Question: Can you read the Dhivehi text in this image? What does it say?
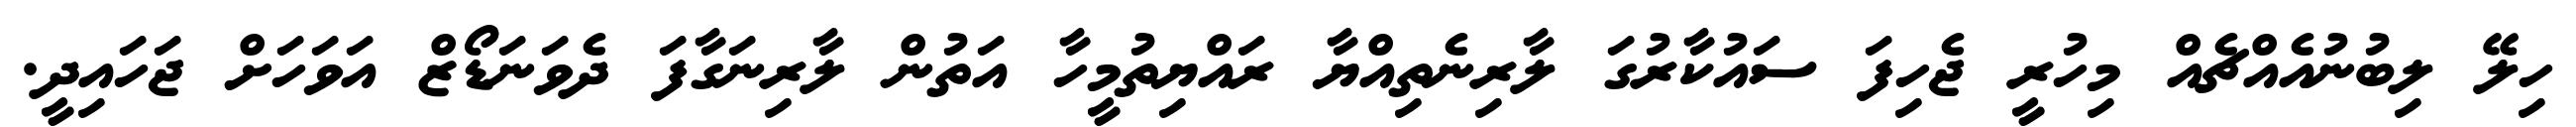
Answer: ހިލޭ ލިބުނުއެއްޗެއް މިހުރީ ޖެހިފަ ސައުކާރުގަ ލާރިނެތިއްޔާ ރައްޔިތުމީހާ އަތުން ލާރިނަގާފަ ދެވަނަޑޯޒް އަވަހަށް ޖަހައިދީ.